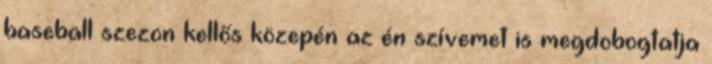
baseball szezon kellős közepén az én szívemet is megdobogtatja